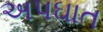
અપઘાત